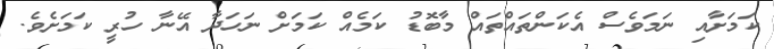
ކަމަށާއި ނަމަވެސް އެކަންތައްތައް މާބޮޑު ކަމެއް ކަމަށް ނަހަދާ އޭނާ ހުރީ ކަމަށެވެ.